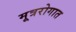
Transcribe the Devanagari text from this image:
मूत्ररोगात